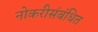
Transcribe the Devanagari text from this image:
नोकरीसंबंधित